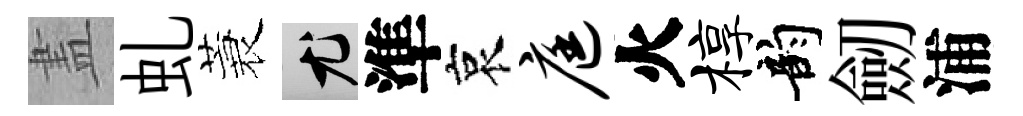
𥁞虬蓑尤準哀庭火椁韵劒浦